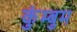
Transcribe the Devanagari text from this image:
कुंम्बुम